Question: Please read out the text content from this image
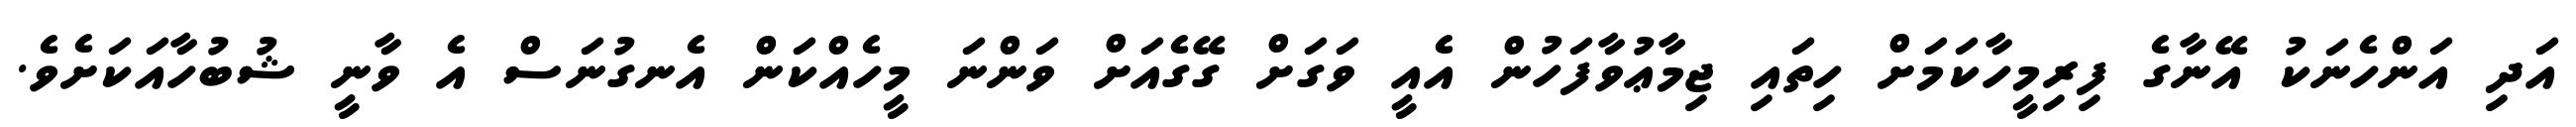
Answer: އަދި އަންހެނަކު އޭނާގެ ފިރިމީހާކަމަށް ހިތައި ޖިމާޢުވާފަހުން އެއީ ވަގަށް ގޭގެއަށް ވަންނަ މީހެއްކަން އެނގުނަސް އެ ވާނީ ޝުބުހާއަކަށެވެ.